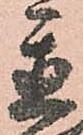
置